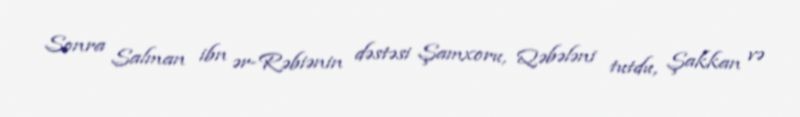
Sonra Salman ibn ər-Rəbiənin dəstəsi Şamxoru, Qəbələni tutdu, Şakkan və